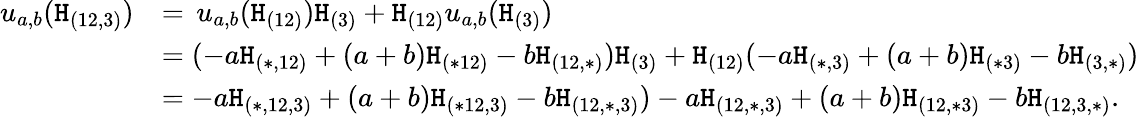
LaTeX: \begin{array}{rl}{u_{a,b}(\mathtt{H}_{(12,3)})}&{=\, u_{a,b}(\mathtt{H}_{(12)})\mathtt{H}_{(3)}+\mathtt{H}_{(12)}u_{a,b}(\mathtt{H}_{(3)})}\\ &{=(-a\mathtt{H}_{(\ast,12)}+(a+b)\mathtt{H}_{(\ast 12)}-b\mathtt{H}_{(12,\ast)})\mathtt{H}_{(3)}+\mathtt{H}_{(12)}(-a\mathtt{H}_{(\ast,3)}+(a+b)\mathtt{H}_{(\ast 3)}-b\mathtt{H}_{(3,\ast)})}\\ &{=-a\mathtt{H}_{(\ast,12,3)}+(a+b)\mathtt{H}_{(\ast 12,3)}-b\mathtt{H}_{(12,\ast,3)})-a\mathtt{H}_{(12,\ast,3)}+(a+b)\mathtt{H}_{(12,\ast 3)}-b\mathtt{H}_{(12,3,\ast)}.}\end{array}